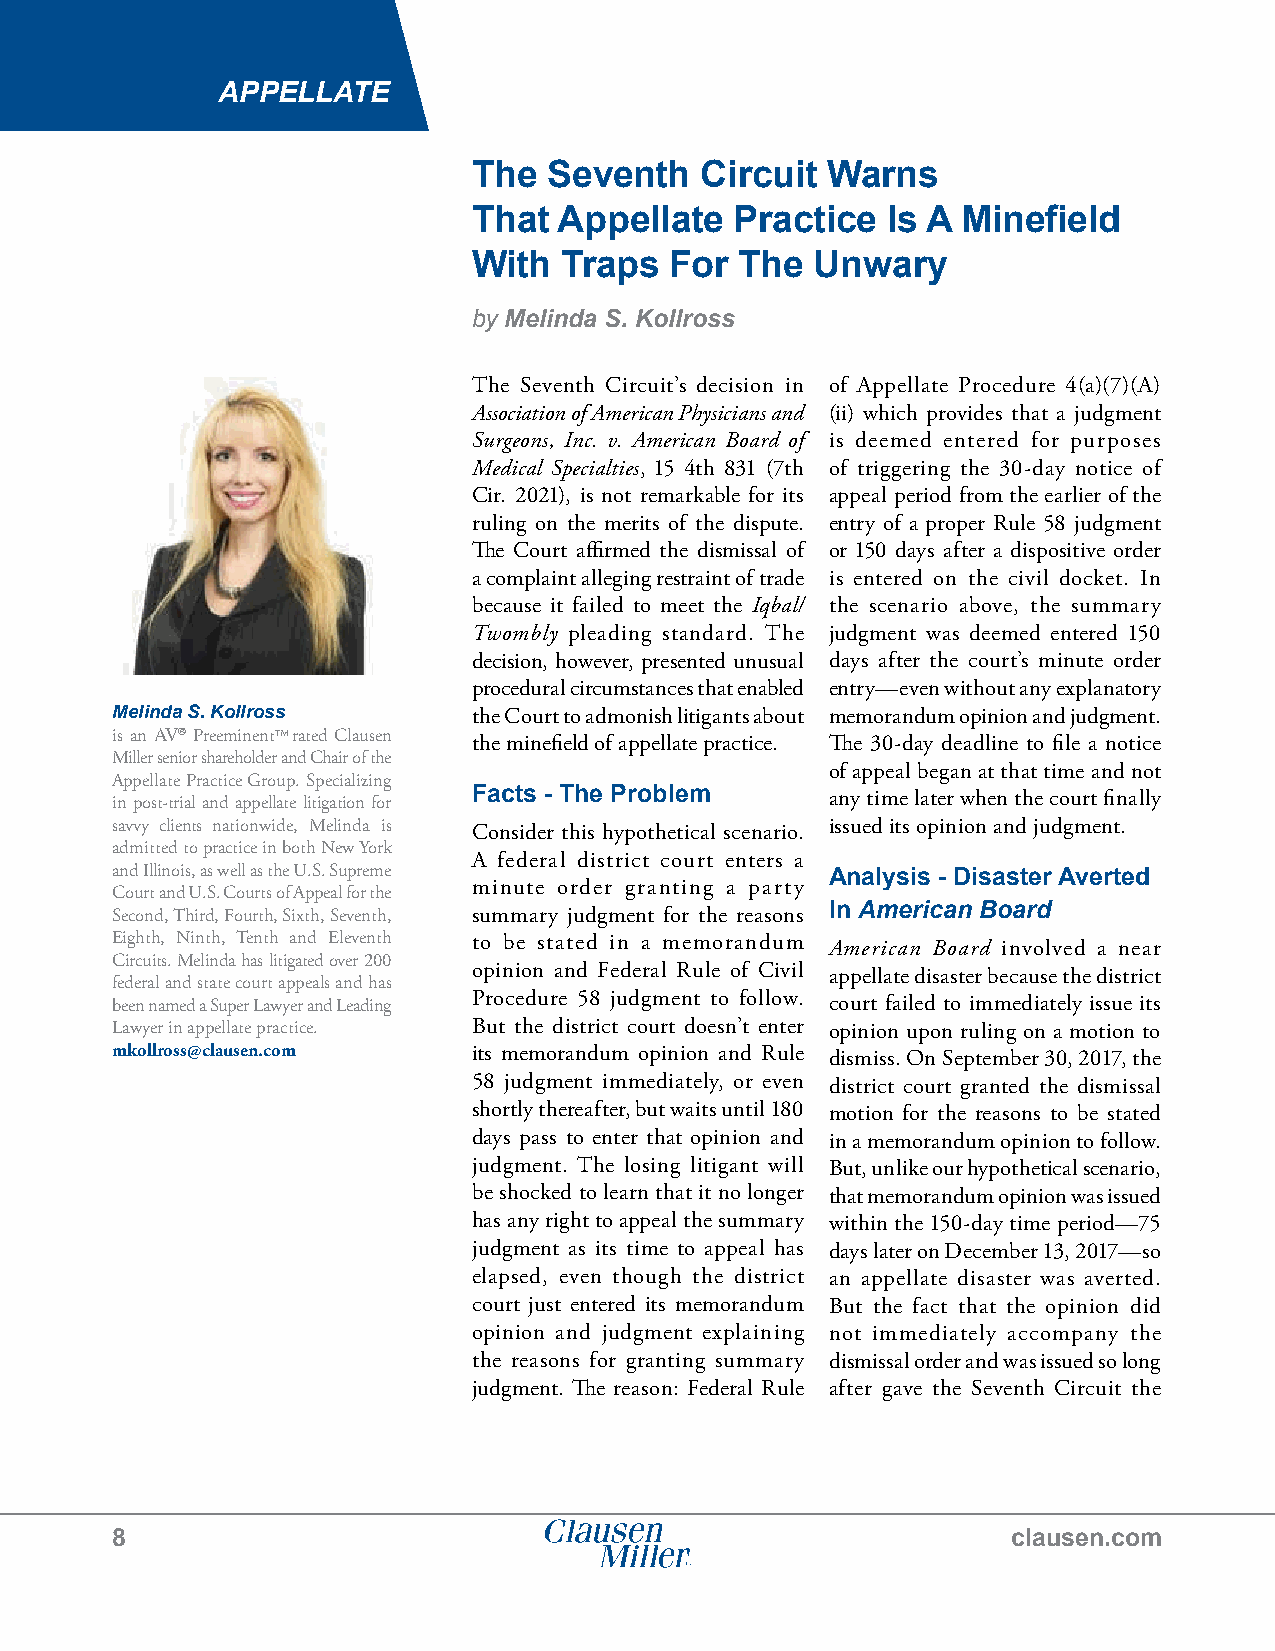
APPELLATE
 The  Seventh   Circuit  Warns
 That  Appellate   Practice  Is A Minefield
 With  Traps  For  The  Unwary
 by Melinda S. Kollross
 The Seventh Circuit’s decision in of Appellate Procedure 4(a)(7)(A)
 Association of American Physicians and (ii) which provides that a judgment
 Surgeons, Inc. v. American Board of is deemed entered for purposes
 Medical Specialties, 15 4th 831 (7th of triggering the 30-day notice of
 Cir. 2021), is not remarkable for its appeal period from the earlier of the
 ruling on the merits of the dispute. entry of a proper Rule 58 judgment
 The Court affirmed the dismissal of or 150 days after a dispositive order
 a complaint alleging restraint of trade is entered on the civil docket. In
 because it failed to meet the Iqbal/ the scenario above, the summary
 Twombly pleading standard. The judgment was deemed entered 150
 decision, however, presented unusual days after the court’s minute order
 procedural circumstances that enabled entry—even without any explanatory
 Melinda S. Kollross     the Court to admonish litigants about memorandum opinion and judgment.
 is an AV® PreeminentTM rated Clausen
 the minefield of appellate practice. The 30-day deadline to file a notice
 Miller senior shareholder and Chair of the
 of appeal began at that time and not
 Appellate Practice Group. Specializing
 in post-trial and appellate litigation for Facts - The Problem any time later when the court finally
 savvy clients nationwide, Melinda is Consider this hypothetical scenario. issued its opinion and judgment.
 admitted to practice in both New York
 A federal district court enters a
 and Illinois, as well as the U.S. Supreme       Analysis - Disaster Averted
 minute order granting a party
 Court and U.S. Courts of Appeal for the
 Second, Third, Fourth, Sixth, Seventh, summary judgment for the reasons In American Board
 Eighth, Ninth, Tenth and Eleventh to be stated in a memorandum American Board involved a near
 Circuits. Melinda has litigated over 200
 opinion and Federal Rule of Civil appellate disaster because the district
 federal and state court appeals and has
 been named a Super Lawyer and Leading Procedure 58 judgment to follow. court failed to immediately issue its
 Lawyer in appellate practice. But the district court doesn’t enter opinion upon ruling on a motion to
 mkollross@clausen.com   its memorandum opinion and Rule dismiss. On September 30, 2017, the
 58 judgment immediately, or even district court granted the dismissal
 shortly thereafter, but waits until 180 motion for the reasons to be stated
 days pass to enter that opinion and in a memorandum opinion to follow.
 judgment. The losing litigant will But, unlike our hypothetical scenario,
 be shocked to learn that it no longer that memorandum opinion was issued
 has any right to appeal the summary within the 150-day time period—75
 judgment as its time to appeal has days later on December 13, 2017—so
 elapsed, even though the district an appellate disaster was averted.
 court just entered its memorandum But the fact that the opinion did
 opinion and judgment explaining not immediately accompany the
 the reasons for granting summary dismissal order and was issued so long
 judgment. The reason: Federal Rule after gave the Seventh Circuit the
 8                                                           clausen.com